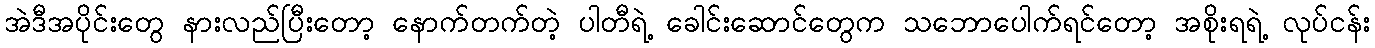
အဲဒီအပိုင်းတွေ နားလည်ပြီးတော့ နောက်တက်တဲ့ ပါတီရဲ့ ခေါင်းဆောင်တွေက သဘောပေါက်ရင်တော့ အစိုးရရဲ့ လုပ်ငန်း